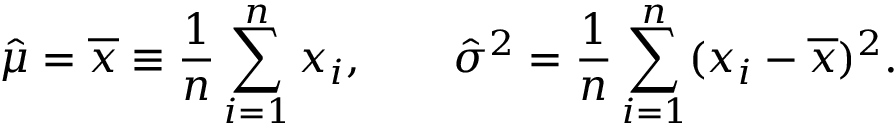
{ \hat { \mu } } = { \overline { { x } } } \equiv { \frac { 1 } { n } } \sum _ { i = 1 } ^ { n } x _ { i } , \qquad { \hat { \sigma } } ^ { 2 } = { \frac { 1 } { n } } \sum _ { i = 1 } ^ { n } ( x _ { i } - { \overline { { x } } } ) ^ { 2 } .